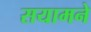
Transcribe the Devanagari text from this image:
सयामने